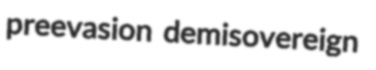
preevasion demisovereign